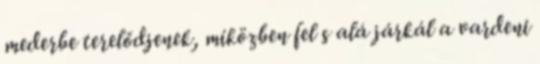
mederbe terelődjenek, miközben fel s alá járkál a vardeni